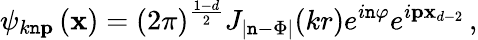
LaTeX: \psi_{k\mathtt{n}\textbf{{p}}\, }(\textbf{{x}})=(2\pi)^{\frac{{1-d}}{2}}J_{|\mathtt{n}-\Phi|}(kr)e^{i\mathtt{n}\varphi}e^{i\textbf{{p}}{\textbf{{x}}}_{d-2}}\, ,